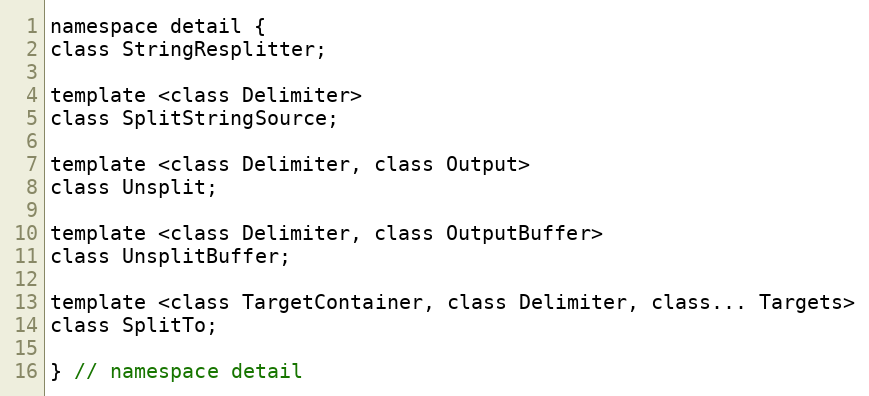
Language: C
namespace detail {
class StringResplitter;

template <class Delimiter>
class SplitStringSource;

template <class Delimiter, class Output>
class Unsplit;

template <class Delimiter, class OutputBuffer>
class UnsplitBuffer;

template <class TargetContainer, class Delimiter, class... Targets>
class SplitTo;

} // namespace detail